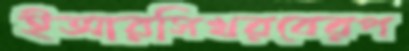
ইআরসিখরবেরপ